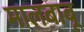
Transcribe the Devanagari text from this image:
मालबाबू